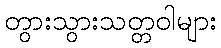
တွားသွားသတ္တဝါများ